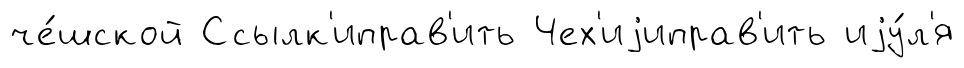
че́шской Ссылк'иправ'ить Чех'иjиправ'ить иjу́л'я